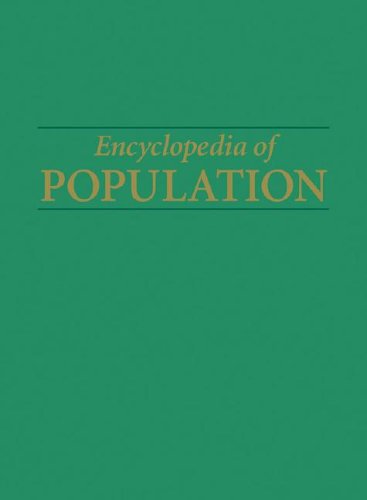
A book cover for Encyclopedia of Population; Politics & Social Sciences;